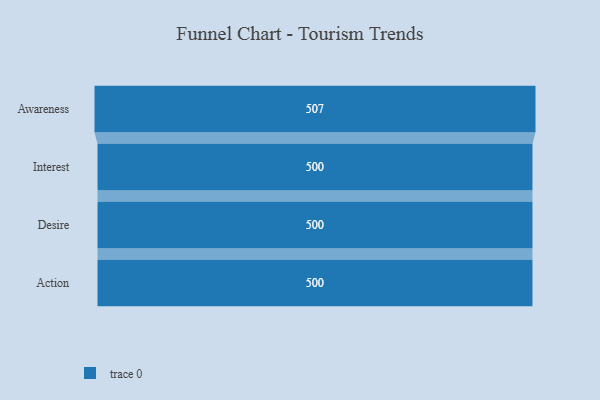
{"axis": {"x": "Stage", "y": "Value"}, "legend": [""], "data": [{"x": "Awareness", "y": 507.0, "type": ""}, {"x": "Interest", "y": 500, "type": ""}, {"x": "Desire", "y": 500, "type": ""}, {"x": "Action", "y": 500, "type": ""}]}